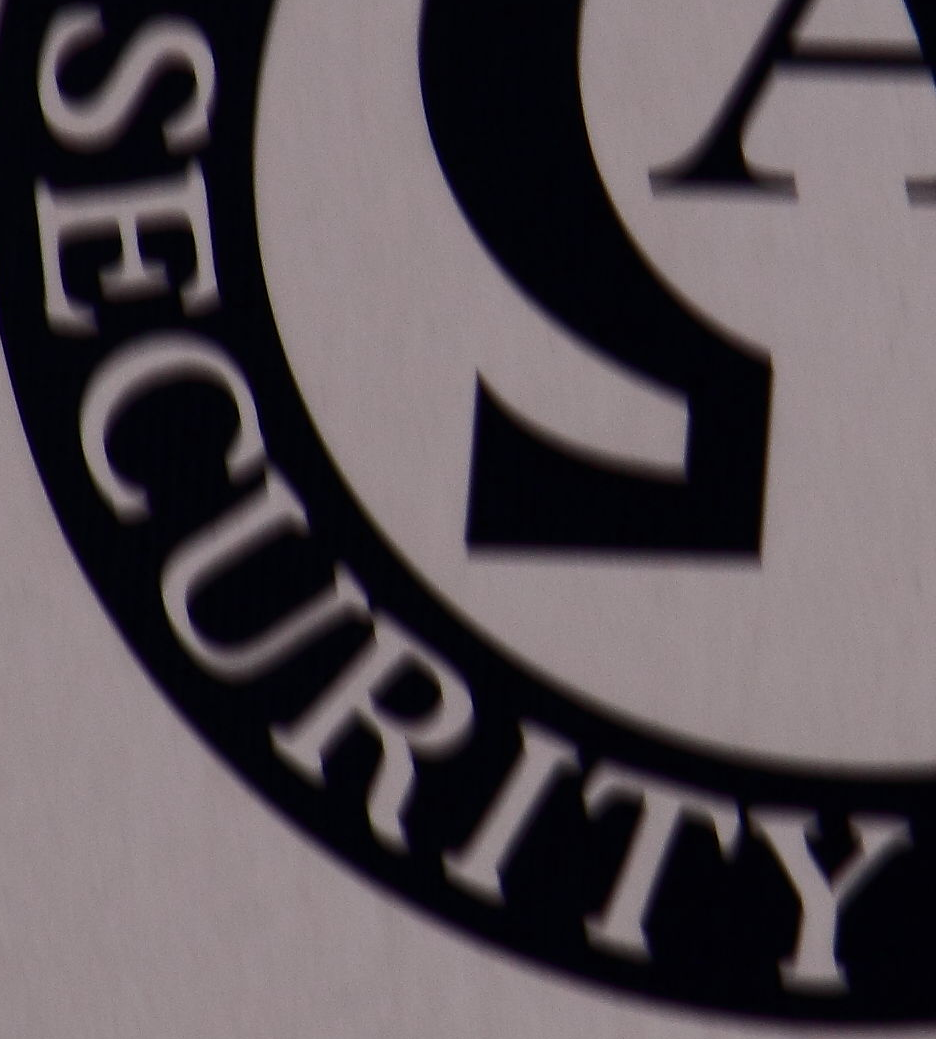
SECURITY